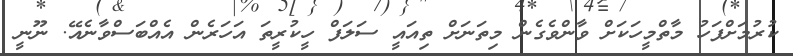
ކުރުމަށްފަހު މާތްމީހަކަށް ވާންވެގެން މިތަނަށް ތިއައީ ސަލަފް ހީކުރީތަ އަހަރެން އެއްބަސްވާނެއޭ. ނޫނީ